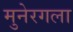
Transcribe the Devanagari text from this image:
मुनेरगला